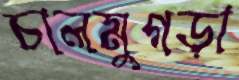
চালমুগড়া